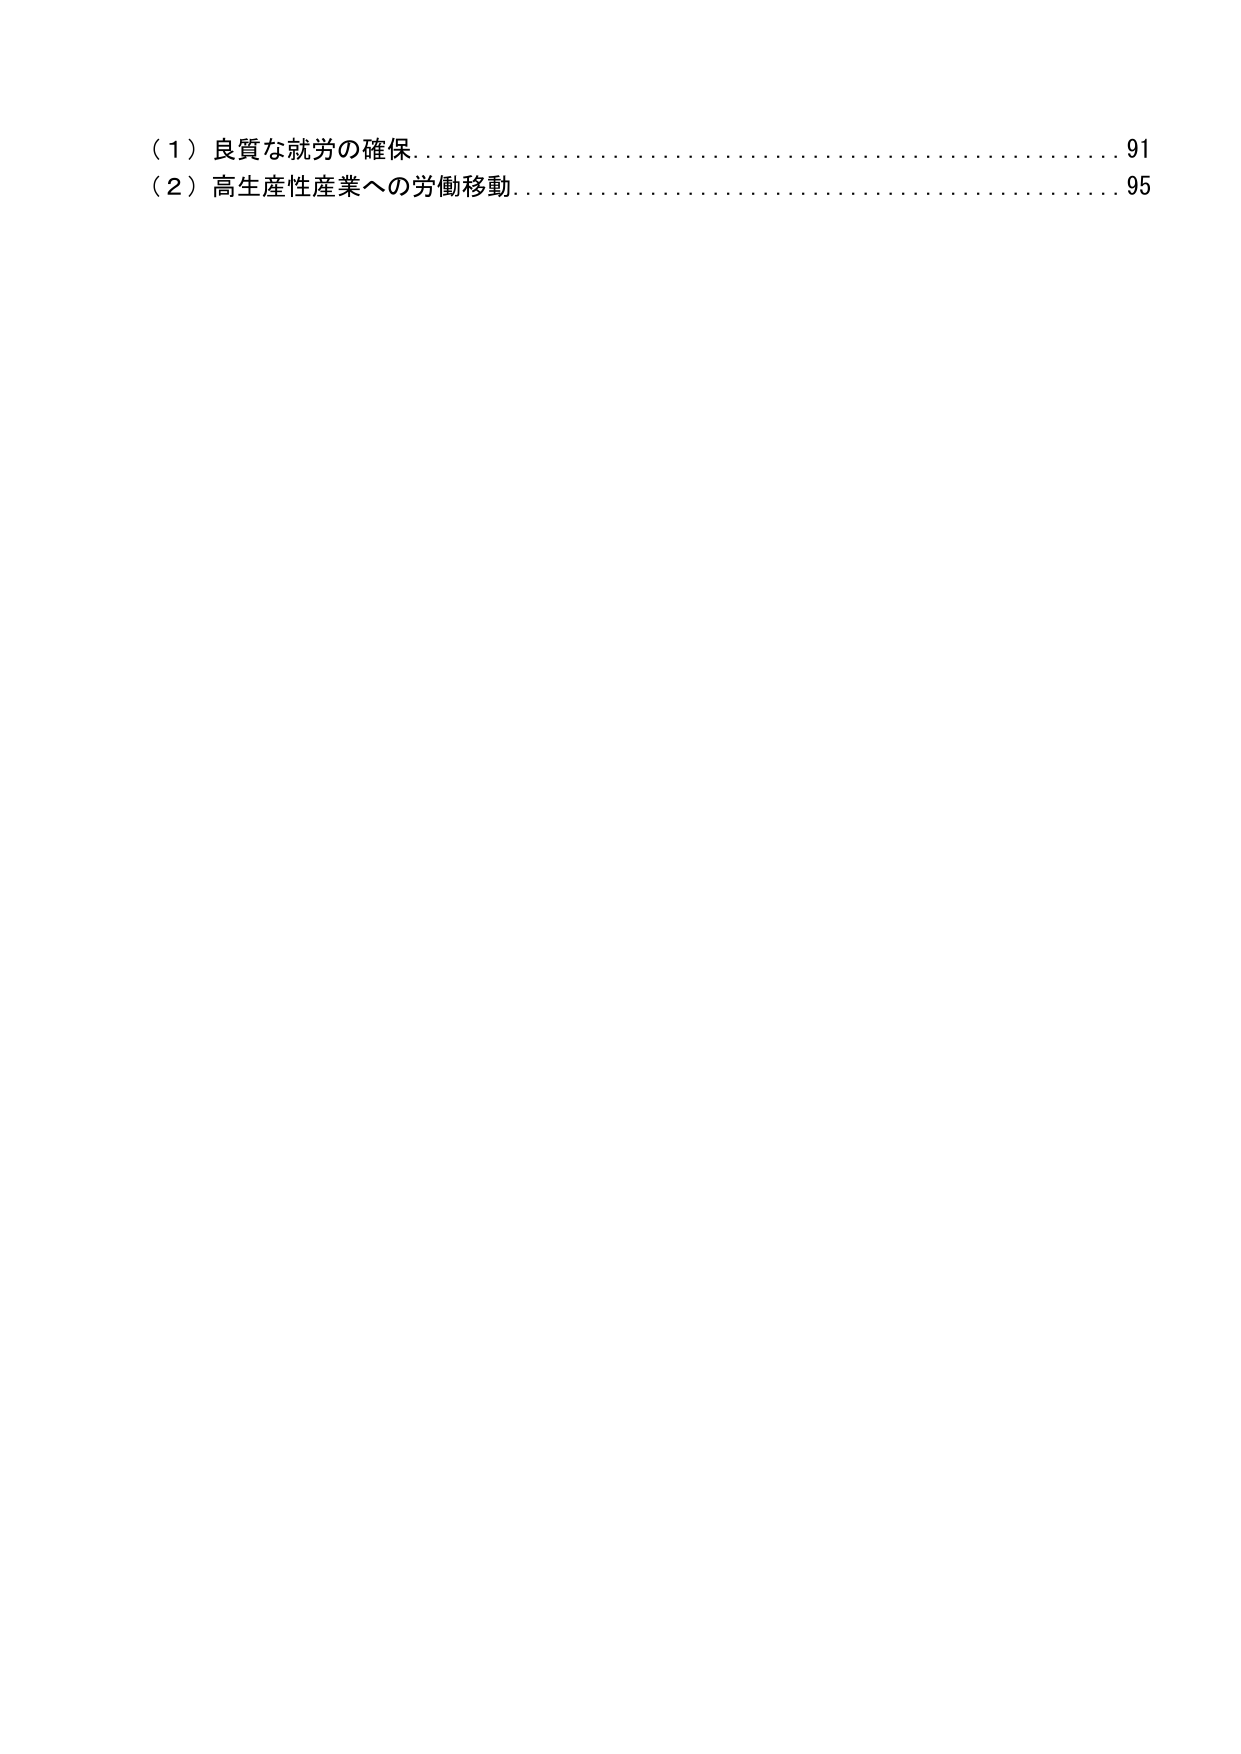
（１）良質な就労の確保………………………………………………91
（２）高生産性産業への労働移動……………………………………95